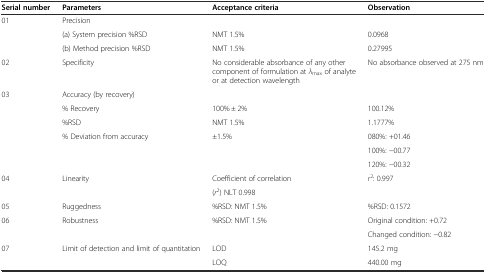
<table><thead><tr><td><b>Serial number</b></td><td><b>Parameters</b></td><td><b>Acceptance criteria</b></td><td><b>Observation</b></td></tr></thead><tbody><tr><td rowspan="3">01</td><td>Precision</td><td>[EMPTY_CELL]</td><td>[EMPTY_CELL]</td></tr><tr><td>(a) System precision %RSD</td><td>NMT 1.5%</td><td>0.0968</td></tr><tr><td>(b) Method precision %RSD</td><td>NMT 1.5%</td><td>0.27995</td></tr><tr><td>02</td><td>Specificity</td><td>No considerable absorbance of any other component of formulation at <i>λ</i><sub>max</sub> of analyte or at detection wavelength</td><td>No absorbance observed at 275 nm</td></tr><tr><td rowspan="6">03</td><td colspan="2">Accuracy (by recovery)</td><td>[EMPTY_CELL]</td></tr><tr><td>% Recovery</td><td>100% ± 2%</td><td>100.12%</td></tr><tr><td>%RSD</td><td>NMT 1.5%</td><td>1.1777%</td></tr><tr><td rowspan="3">% Deviation from accuracy</td><td>±1.5%</td><td>080%: +01.46</td></tr><tr><td>[EMPTY_CELL]</td><td>100%: −00.77</td></tr><tr><td>[EMPTY_CELL]</td><td>120%: −00.32</td></tr><tr><td rowspan="2">04</td><td rowspan="2">Linearity</td><td>Coefficient of correlation</td><td rowspan="2"><i>r</i><sup>2</sup>: 0.997</td></tr><tr><td>(<i>r</i><sup>2</sup>) NLT 0.998</td></tr><tr><td>05</td><td>Ruggedness</td><td>%RSD: NMT 1.5%</td><td>%RSD: 0.1572</td></tr><tr><td rowspan="2">06</td><td rowspan="2">Robustness</td><td rowspan="2">%RSD: NMT 1.5%</td><td>Original condition: +0.72</td></tr><tr><td>Changed condition: −0.82</td></tr><tr><td rowspan="2">07</td><td rowspan="2">Limit of detection and limit of quantitation</td><td>LOD</td><td>145.2 mg</td></tr><tr><td>LOQ</td><td>440.00 mg</td></tr></tbody></table>